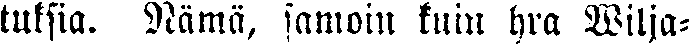
tuksia. Nämä, samoin kuin hra Wilja-